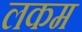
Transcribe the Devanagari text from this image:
लकम